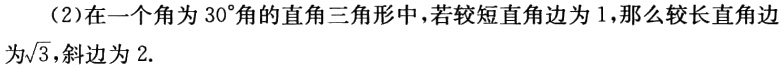
（2）在一个角为 \(30^{\circ}\) 角的直角三角形中，若较短直角边为 \(1\)，那么较长直角边为\(\sqrt{3}\)，斜边为 \(2\).